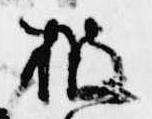
披